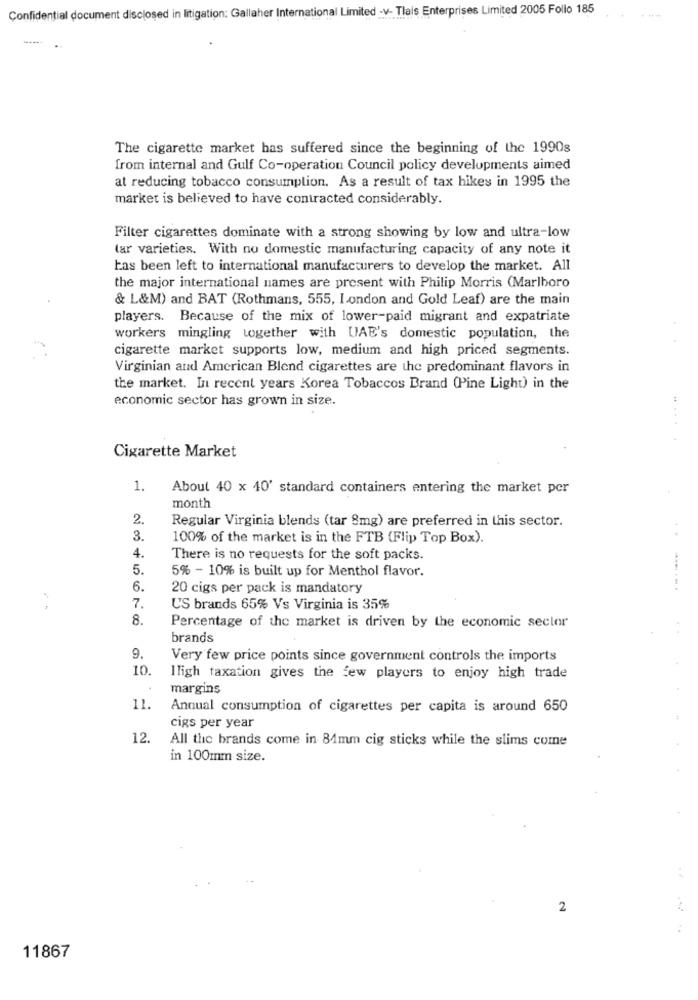
Confidential document disclosed in litigation: Gallaher International Limited -v- Tlais Enterprises Limited 2005 Follo 185
The cigarette market has suffered since the beginning of the 1990s
from internal and Gulf Co-operation Council policy developments aimed
at reducing tobacco consumplion. As a result of tax hikes in 1995 the
market is believed to have contracted considerably.
Filter cigarettes dominate with a strong showing by low and ultra-low
lar varieties. With no domestic manufacturing capacity of any note it
has been left to international manufacturers to develop the market. All
the major international names are present with Philip Morris (Marlboro
& L&M) and BAT (Rothmans, 555, I ondon and Gold Leaf) are the main
players. Because of the mix of lower-paid migrant and expatriate
workers mingling together with UAE's domestic population, the
cigarette market supports low, medium and high priced segments.
Virginian and American Blend cigarettes are the predominant flavors in
the market. In recent years Korea Tobaccos Brand (Pine Light) in the
economic sector has grown in size.
Cigarette Market
1.
About 40 x 40' standard containers entering the market per
month
2.
Regular Virginia blends (tar 8mg) are preferred in this sector.
3.
100% of the market is in the FTB (Flip Top Box).
4.
There is no requests for the soft packs.
5.
5% - 10% is built up for Menthol flavor.
6.
20 cigs per pack is mandatory
...... .
7.
US brands 65% Vs Virginia is 35%
8.
Percentage of the market is driven by the economic sector
brands
9.
Very few price points since government controls the imports
10
Iligh taxation gives the few players to enjoy high trade
margins
11
Annual consumption of cigarettes per capita is around 650
cigs per year
12.
All the brands come in 84mm cig sticks while the slims come
in 100mm size.
2
11867